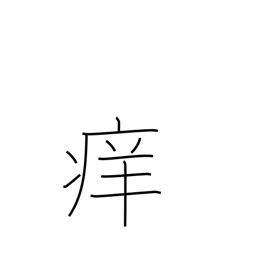
Meaning: itchy